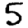
Digit: 5